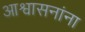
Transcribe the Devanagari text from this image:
आश्वासनांना